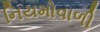
નિયમોવાળી